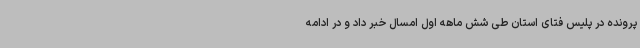
پرونده در پلیس فتای استان طی شش ماهه اول امسال خبر داد و در ادامه